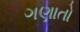
ગણાતો